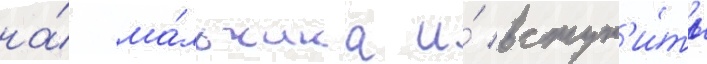
на́ ма́льчика и́ вступ'и́ть